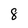
Character: 8